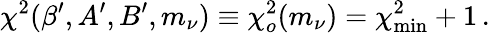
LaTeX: \chi^{2}(\beta^{\prime},A^{\prime},B^{\prime},m_{\nu})\equiv\chi_{o}^{2}(m_{\nu})=\chi_{\mathrm{min}}^{2}+1\, .